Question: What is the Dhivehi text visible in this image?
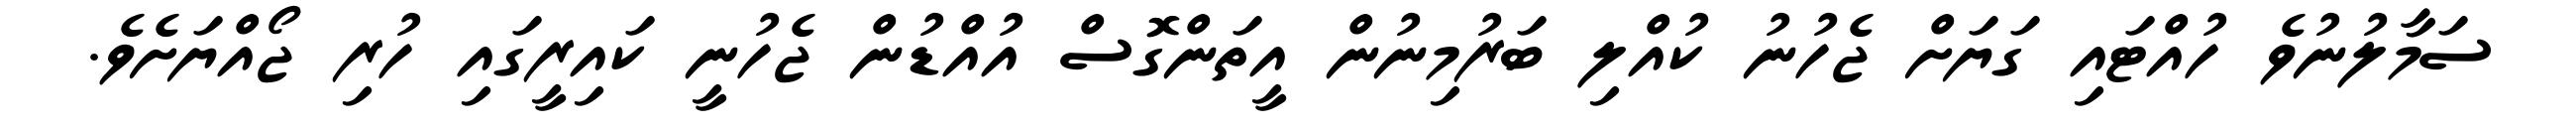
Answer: ސަމާލުނުވެ ހުއްޓައި ގަޔަށް ޖެހުނު ކުއްލި ބަރުމިނުން އީތަންގޮސް އުއްޑުން ޖެހުނީ ކައިރީގައި ހުރި ޖޯއްޔަށެވެ.